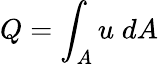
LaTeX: Q=\int_{A}u\; dA